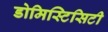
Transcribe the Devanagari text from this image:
डोमिस्टिसिटी